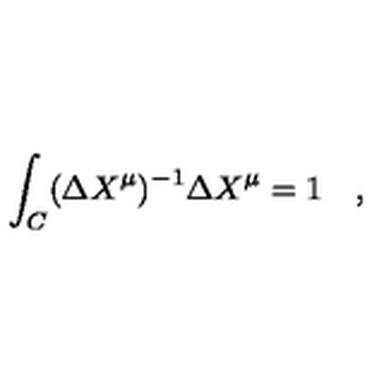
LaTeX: \int _ { C } ( \Delta X ^ { \mu } ) ^ { - 1 } \Delta X ^ { \mu } = 1 \quad ,